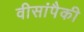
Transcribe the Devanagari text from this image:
वीसांपैकी